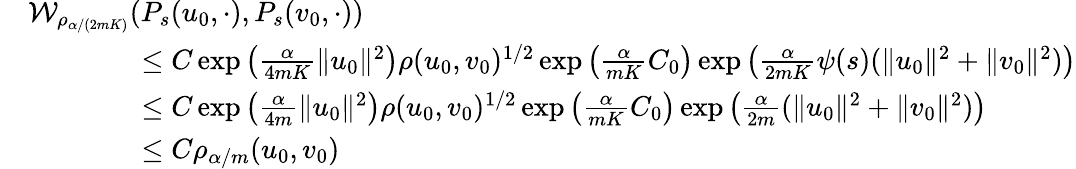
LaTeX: \begin{array}{rl}&{\mathcal{W}_{\rho_{\alpha/(2mK)}}(P_{s}(u_{0},\cdot),P_{s}(v_{0},\cdot))}\\ &{\qquad\qquad\leq C\exp\left(\frac{\alpha}{4mK}\| u_{0}\| ^{2}\right)\rho(u_{0},v_{0})^{1/2}\exp\left(\frac{\alpha}{mK}C_{0}\right)\exp\left(\frac{\alpha}{2mK}\psi(s)(\| u_{0}\| ^{2}+\| v_{0}\| ^{2})\right)}\\ &{\qquad\qquad\leq C\exp\left(\frac{\alpha}{4m}\| u_{0}\| ^{2}\right)\rho(u_{0},v_{0})^{1/2}\exp\left(\frac{\alpha}{mK}C_{0}\right)\exp\left(\frac{\alpha}{2m}(\| u_{0}\| ^{2}+\| v_{0}\| ^{2})\right)}\\ &{\qquad\qquad\leq C\rho_{\alpha/m}(u_{0},v_{0})}\end{array}